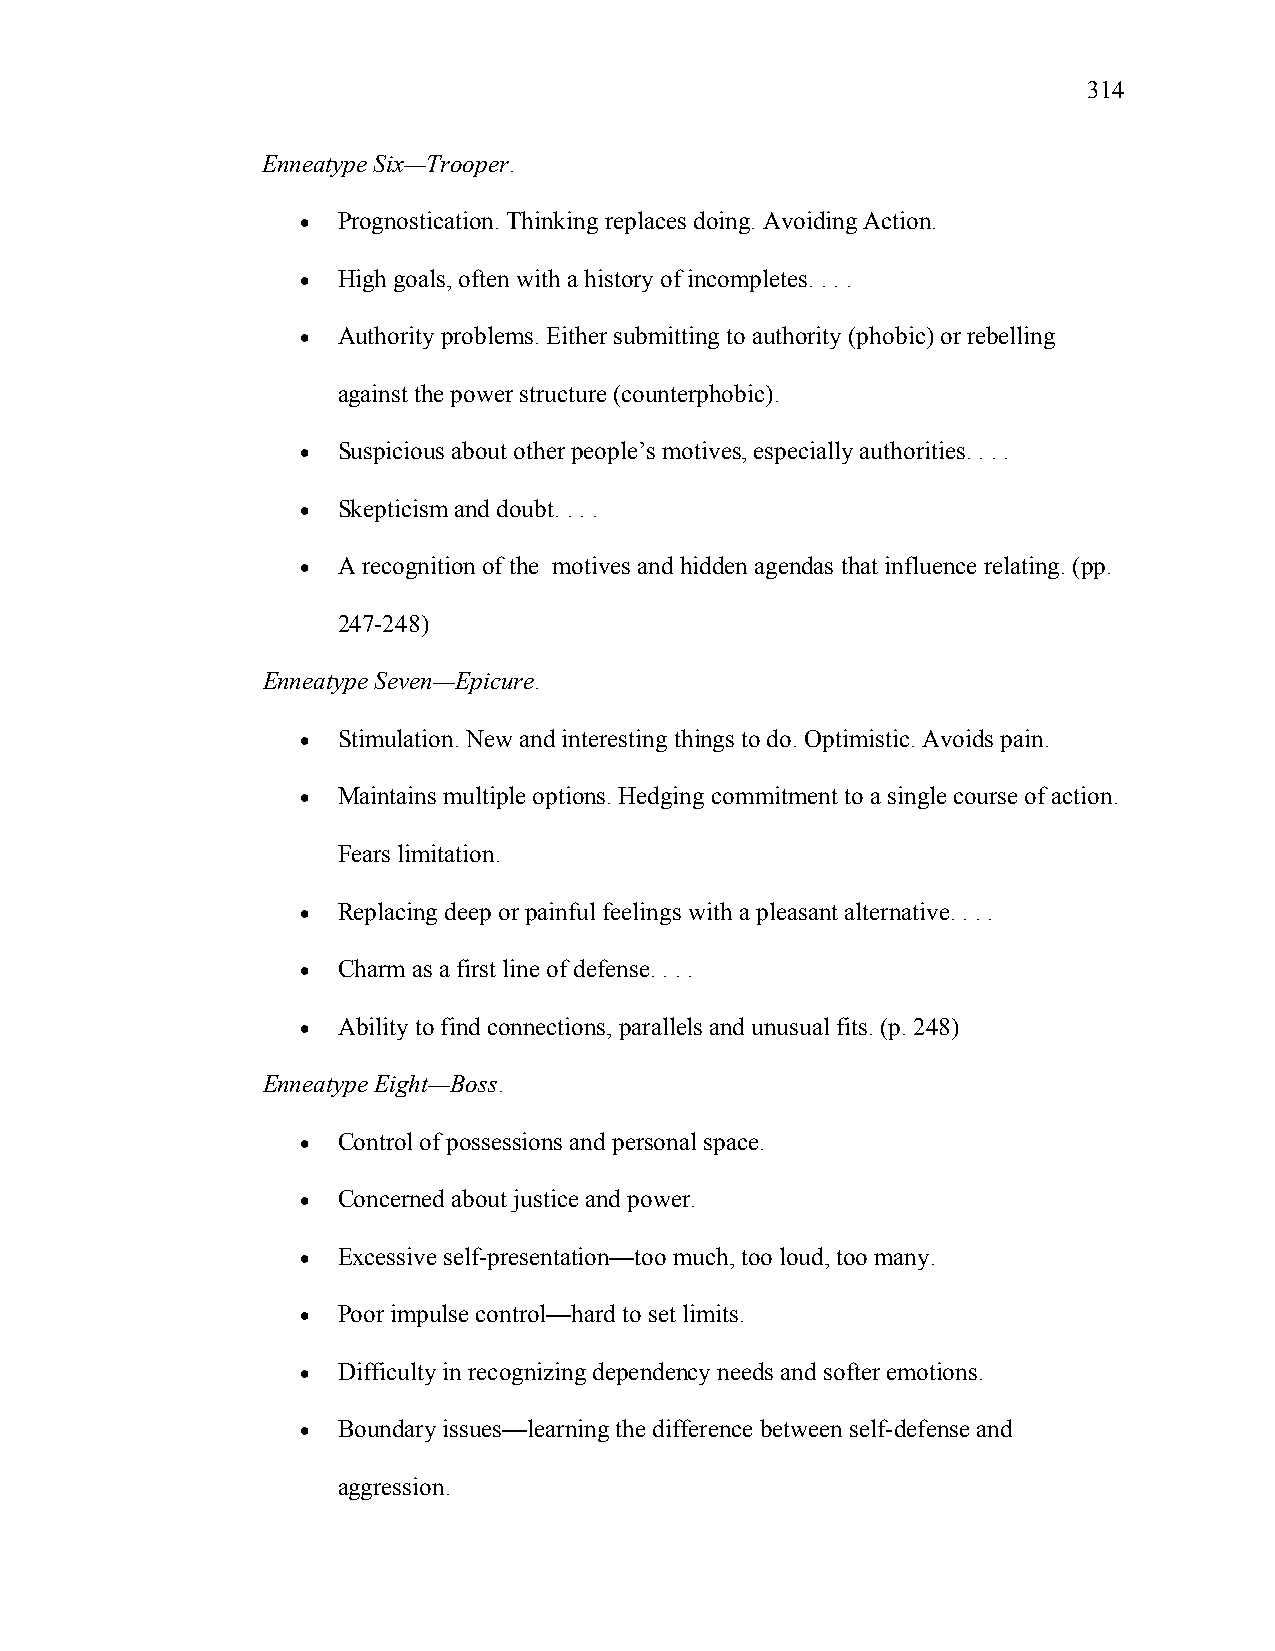
314
 Enneatype Six—Trooper.
 • Prognostication. Thinking replaces doing. Avoiding Action.
 • High goals, often with a history of incompletes. . . .
 • Authority problems. Either submitting to authority (phobic) or rebelling
 against the power structure (counterphobic).
 • Suspicious about other people’s motives, especially authorities. . . .
 • Skepticism and doubt. . . .
 • A recognition of the motives and hidden agendas that influence relating. (pp.
 247-248)
 Enneatype Seven—Epicure.
 • Stimulation. New and interesting things to do. Optimistic. Avoids pain.
 • Maintains multiple options. Hedging commitment to a single course of action.
 Fears limitation.
 • Replacing deep or painful feelings with a pleasant alternative. . . .
 • Charm as a first line of defense. . . .
 • Ability to find connections, parallels and unusual fits. (p. 248)
 Enneatype Eight—Boss.
 • Control of possessions and personal space.
 • Concerned about justice and power.
 • Excessive self-presentation—too much, too loud, too many.
 • Poor impulse control—hard to set limits.
 • Difficulty in recognizing dependency needs and softer emotions.
 • Boundary issues—learning the difference between self-defense and
 aggression.